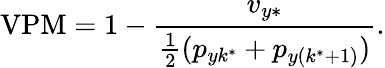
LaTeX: \operatorname{VPM}=1-\frac{v_{y\ast}}{\frac{1}{2}(p_{yk^{\ast}}+p_{y(k^{\ast}+1)})}.